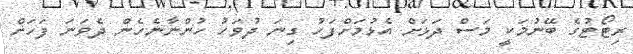
ރިޓޯޓުގެ ބޭނުމަކީ މަސް ދަޅަށް އެޅުމަށްފަހު ގިނަ ދުވަހު ހުންނާނެހެން ދެވަނަ ފަހަށް